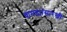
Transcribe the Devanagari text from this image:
चामड्यासारखी